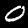
Label: 0